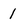
Character: 1